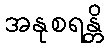
အနုစရန္တိ